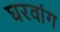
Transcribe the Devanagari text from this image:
घरवांग